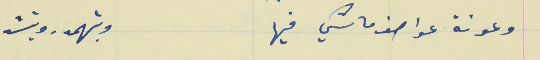
وعونة عواصف ماشي فيها                                          وبتهمدر وبتشد